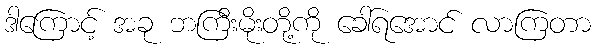
ဒါကြောင့် အခု ဘကြီးမိုးတို့ကို ခေါ်ရအောင် လာကြတာ